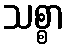
သစ္စာ